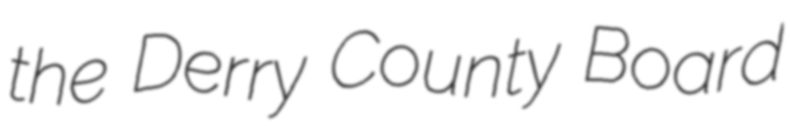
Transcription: the Derry County Board